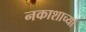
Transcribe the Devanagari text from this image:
नकाशाच्या